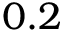
0 . 2